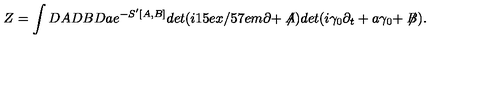
Z = \int D A D B D a e ^ { - S ^ { \prime } [ A , B ] } d e t ( i \raise . 1 5 e x \mathrm { / } \kern - . 5 7 e m \mathrm { \partial } + \not \! \! A ) d e t ( i \gamma _ { 0 } \partial _ { t } + a \gamma _ { 0 } + \not \! \! B ) .